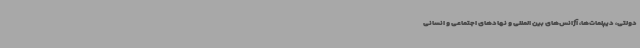
دولتی، دیپلمات‌ها، آژانس‌های بین المللی و نهادهای اجتماعی و انسانی